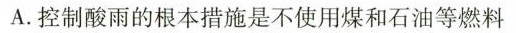
A.控制酸雨的根本措施是不使用煤和石油等燃料